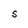
Character: s